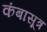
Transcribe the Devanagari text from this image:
कंबासूत्र